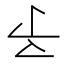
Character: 𠄔